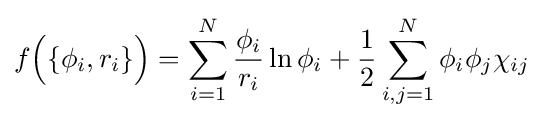
f{\Bigl (}\{\phi _{i},r_{i}\}{\Bigr )}=\sum _{i=1}^{N}{\frac {\phi _{i}}{r_{i}}}\ln \phi _{i}+{\frac {1}{2}}\sum _{i,j=1}^{N}\phi _{i}\phi _{j}\chi _{ij}